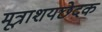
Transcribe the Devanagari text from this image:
मूत्राशयछेदक